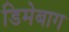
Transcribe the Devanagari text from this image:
डिमेबाग